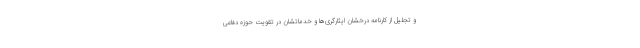
و تجلیل از کارنامه درخشان ایثارگری‌ها و خدماتشان در تقویت حوزه دفاعی